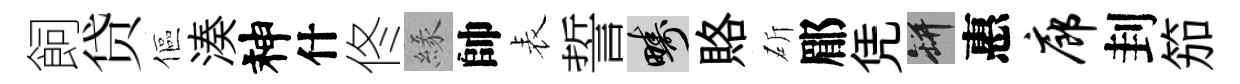
飼贷傴湊神什佟緣帥表誓疇賂斫郿凭瓶惠廊刲笳